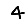
Digit: 4